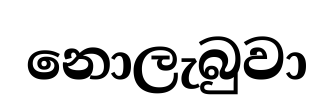
නොලැබුවා